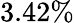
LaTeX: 3.42\%